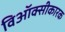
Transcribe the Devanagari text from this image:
विऑक्सीकारक